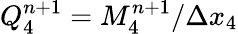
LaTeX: Q_{4}^{n+1}=M_{4}^{n+1}/\Delta x_{4}